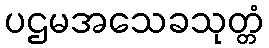
ပဌမအသေခသုတ္တံ